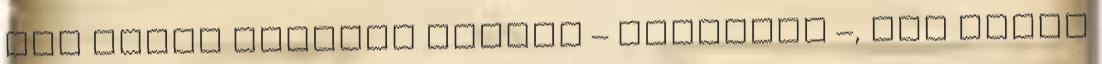
egy olyan tanítót kapott – Doronghy –, aki részt